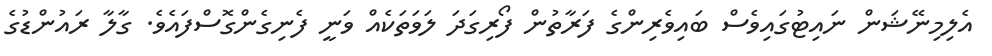
އެލިމިނޭޝަން ނައިޓުގައިވެސް ބައިވެރިންގެ ފަރާތުން ފޯރިގަދަ ލަވަތަކެއް ވަނީ ފެނިގެންގޮސްފައެވެ. ގާލާ ރައުންޑުގެ